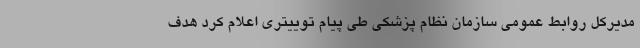
مدیرکل روابط عمومی سازمان نظام پزشکی طی پیام توییتری اعلام کرد هدف